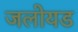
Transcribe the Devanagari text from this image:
जलोयड